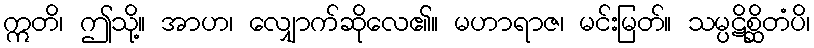
ဣတိ၊ ဤသို့။ အာဟ၊ လျှောက်ဆိုလေ၏။ မဟာရာဇ၊ မင်းမြတ်။ သမ္ပဋိစ္ဆိတံပိ၊